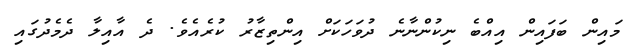
މައިން ބަފައިން އިއްބެ ނިކުންނާނެ ދުވަހަކަށް އިންތިޒާރު ކުރެއެވެ. ދެ އާއިލާ ދެމެދުގައި